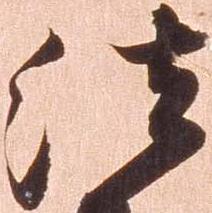
法